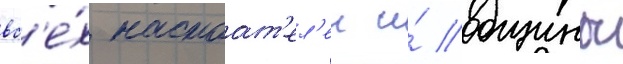
вс'е́х настоат'ел'еи и́ общины